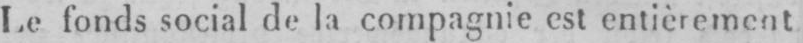
Le fonds social de la compagnie est entièrement